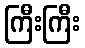
ကြီးကြီး